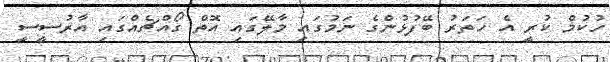
ހުކުމް ކުރީ އެ ހަތަރު ބޭފުޅުންގެ ނަމުގައި މާލޭގައި އޮތް ގޯއްޗެއްގައި އާރުސީސީ